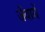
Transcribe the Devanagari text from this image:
जेंवायें